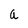
Character: a